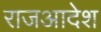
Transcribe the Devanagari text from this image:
राजआदेश